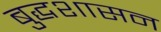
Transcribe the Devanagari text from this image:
बुद्धशासन